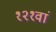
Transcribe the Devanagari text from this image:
१२१वां